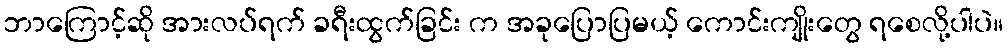
ဘာကြောင့်ဆို အားလပ်ရက် ခရီးထွက်ခြင်း က အခုပြောပြမယ့် ကောင်းကျိုးတွေ ရစေလို့ပါပဲ။